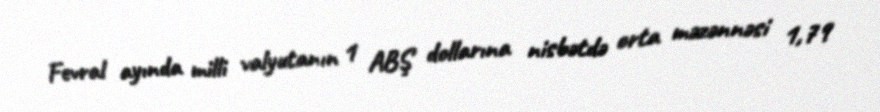
Fevral ayında milli valyutanın 1 ABŞ dollarına nisbətdə orta məzənnəsi 1,79